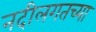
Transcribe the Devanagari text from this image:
नदीलगतच्या